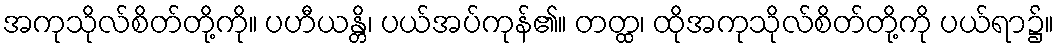
အကုသိုလ်စိတ်တို့ကို။ ပဟီယန္တိ၊ ပယ်အပ်ကုန်၏။ တတ္ထ၊ ထိုအကုသိုလ်စိတ်တို့ကို ပယ်ရာ၌။